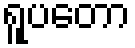
ရူပတော